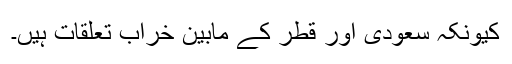
کیونکہ سعودی اور قطر کے مابین خراب تعلقات ہیں۔